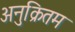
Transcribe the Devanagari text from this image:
अनुक्रितम